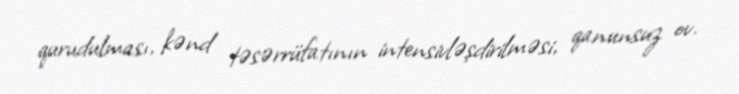
qurudulması, kənd təsərrüfatının intensivləşdirilməsi, qanunsuz ov.